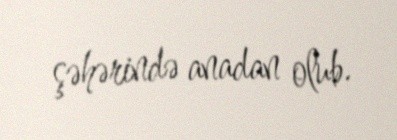
şəhərində anadan olub.